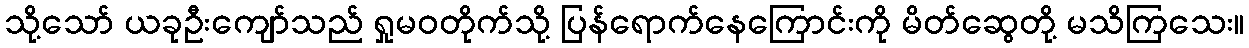
သို့သော် ယခုဦးကျော်သည် ရှုမဝတိုက်သို့ ပြန်ရောက်နေကြောင်းကို မိတ်ဆွေတို့ မသိကြသေး။